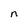
Character: n